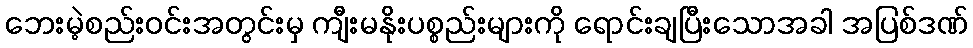
ဘေးမဲ့စည်းဝင်းအတွင်းမှ ကျီးမနိုးပစ္စည်းများကို ရောင်းချပြီးသောအခါ အပြစ်ဒဏ်